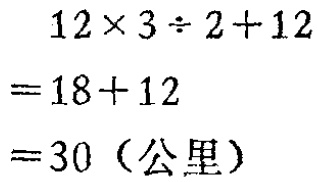
\[

\begin{align*}

&12\times3\div2 + 12\\

=&18 + 12\\

=&30（公里）

\end{align*}

\]